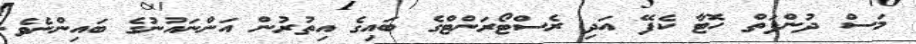
މަސް ދުންފަތް ހޮޓާ ކެފޭ އަދި ރެސްޓޯރަންޓްގެ ބައިގެ އިތުރުން އަންނައުނުގެ ބައިންނެވެ.